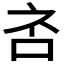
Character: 𪠹